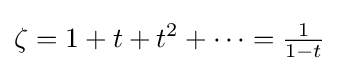
\zeta =1+t+t^{2}+\cdots ={\tfrac {1}{1-t}}